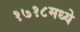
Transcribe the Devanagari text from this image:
१७१८मध्ये